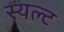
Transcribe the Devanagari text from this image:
स्यल्ट